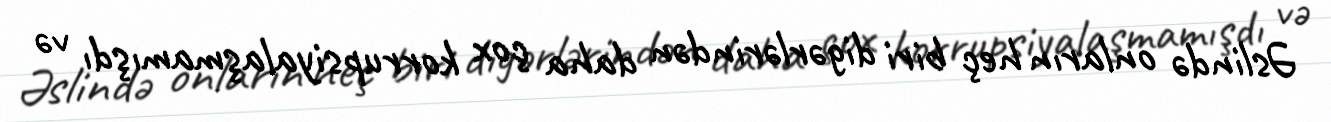
Əslində onların heç biri digərlərindən daha çox korrupsiyalaşmamışdı və